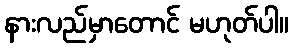
နားလည်မှာတောင် မဟုတ်ပါ။